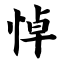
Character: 悼